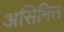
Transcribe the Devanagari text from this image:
असिमित